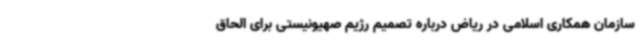
سازمان همکاری اسلامی در ریاض درباره تصمیم رژیم صهیونیستی برای الحاق